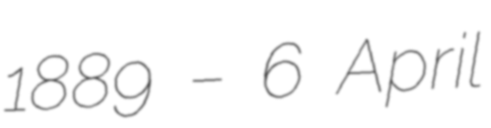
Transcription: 1889 – 6 April